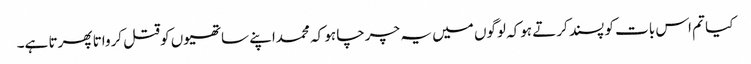
کیا تم اس بات کو پسند کرتے ہوکہ لوگوں میں یہ چرچا ہو کہ محمداپنے ساتھیوں کوقتل کرواتا پھرتا ہے۔